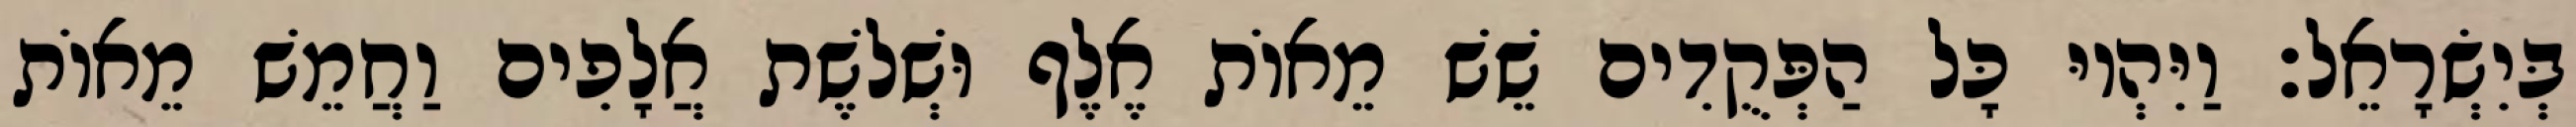
בְּיִשְׂרָאֵל׃ וַיִּהְיוּ כָּל הַפְּקֻדִים שֵׁשׁ מֵאוֹת אֶלֶף וּשְׁלשֶׁת אֲלָפִים וַחֲמֵשׁ מֵאוֹת